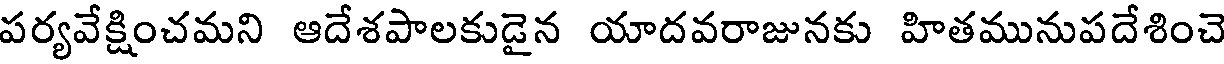
పర్యవేక్షించమని ఆదేశపాలకుడైన యాదవరాజునకు హితమునుపదేశించె